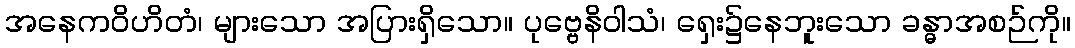
အနေကဝိဟိတံ၊ များသော အပြားရှိသော။ ပုဗ္ဗေနိဝါသံ၊ ရှေး၌နေဘူးသော ခန္ဓာအစဉ်ကို။